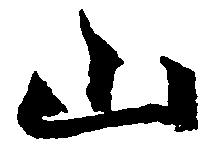
山